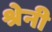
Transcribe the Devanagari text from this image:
श्रेनी